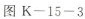
图K-15-3